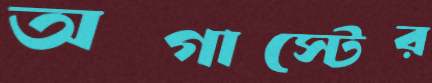
অগাস্টের